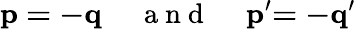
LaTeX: \mathbf{p=-q}\mathrm{~\quad~a~n~d~\quad~}\mathbf{p}^{\prime}\mathbf{=-q}^{\prime}